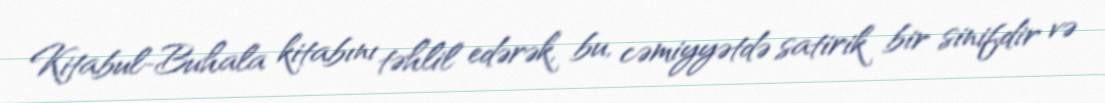
Kitabul-Buhala kitabını təhlil edərək, bu, cəmiyyətdə satirik bir sinifdir və